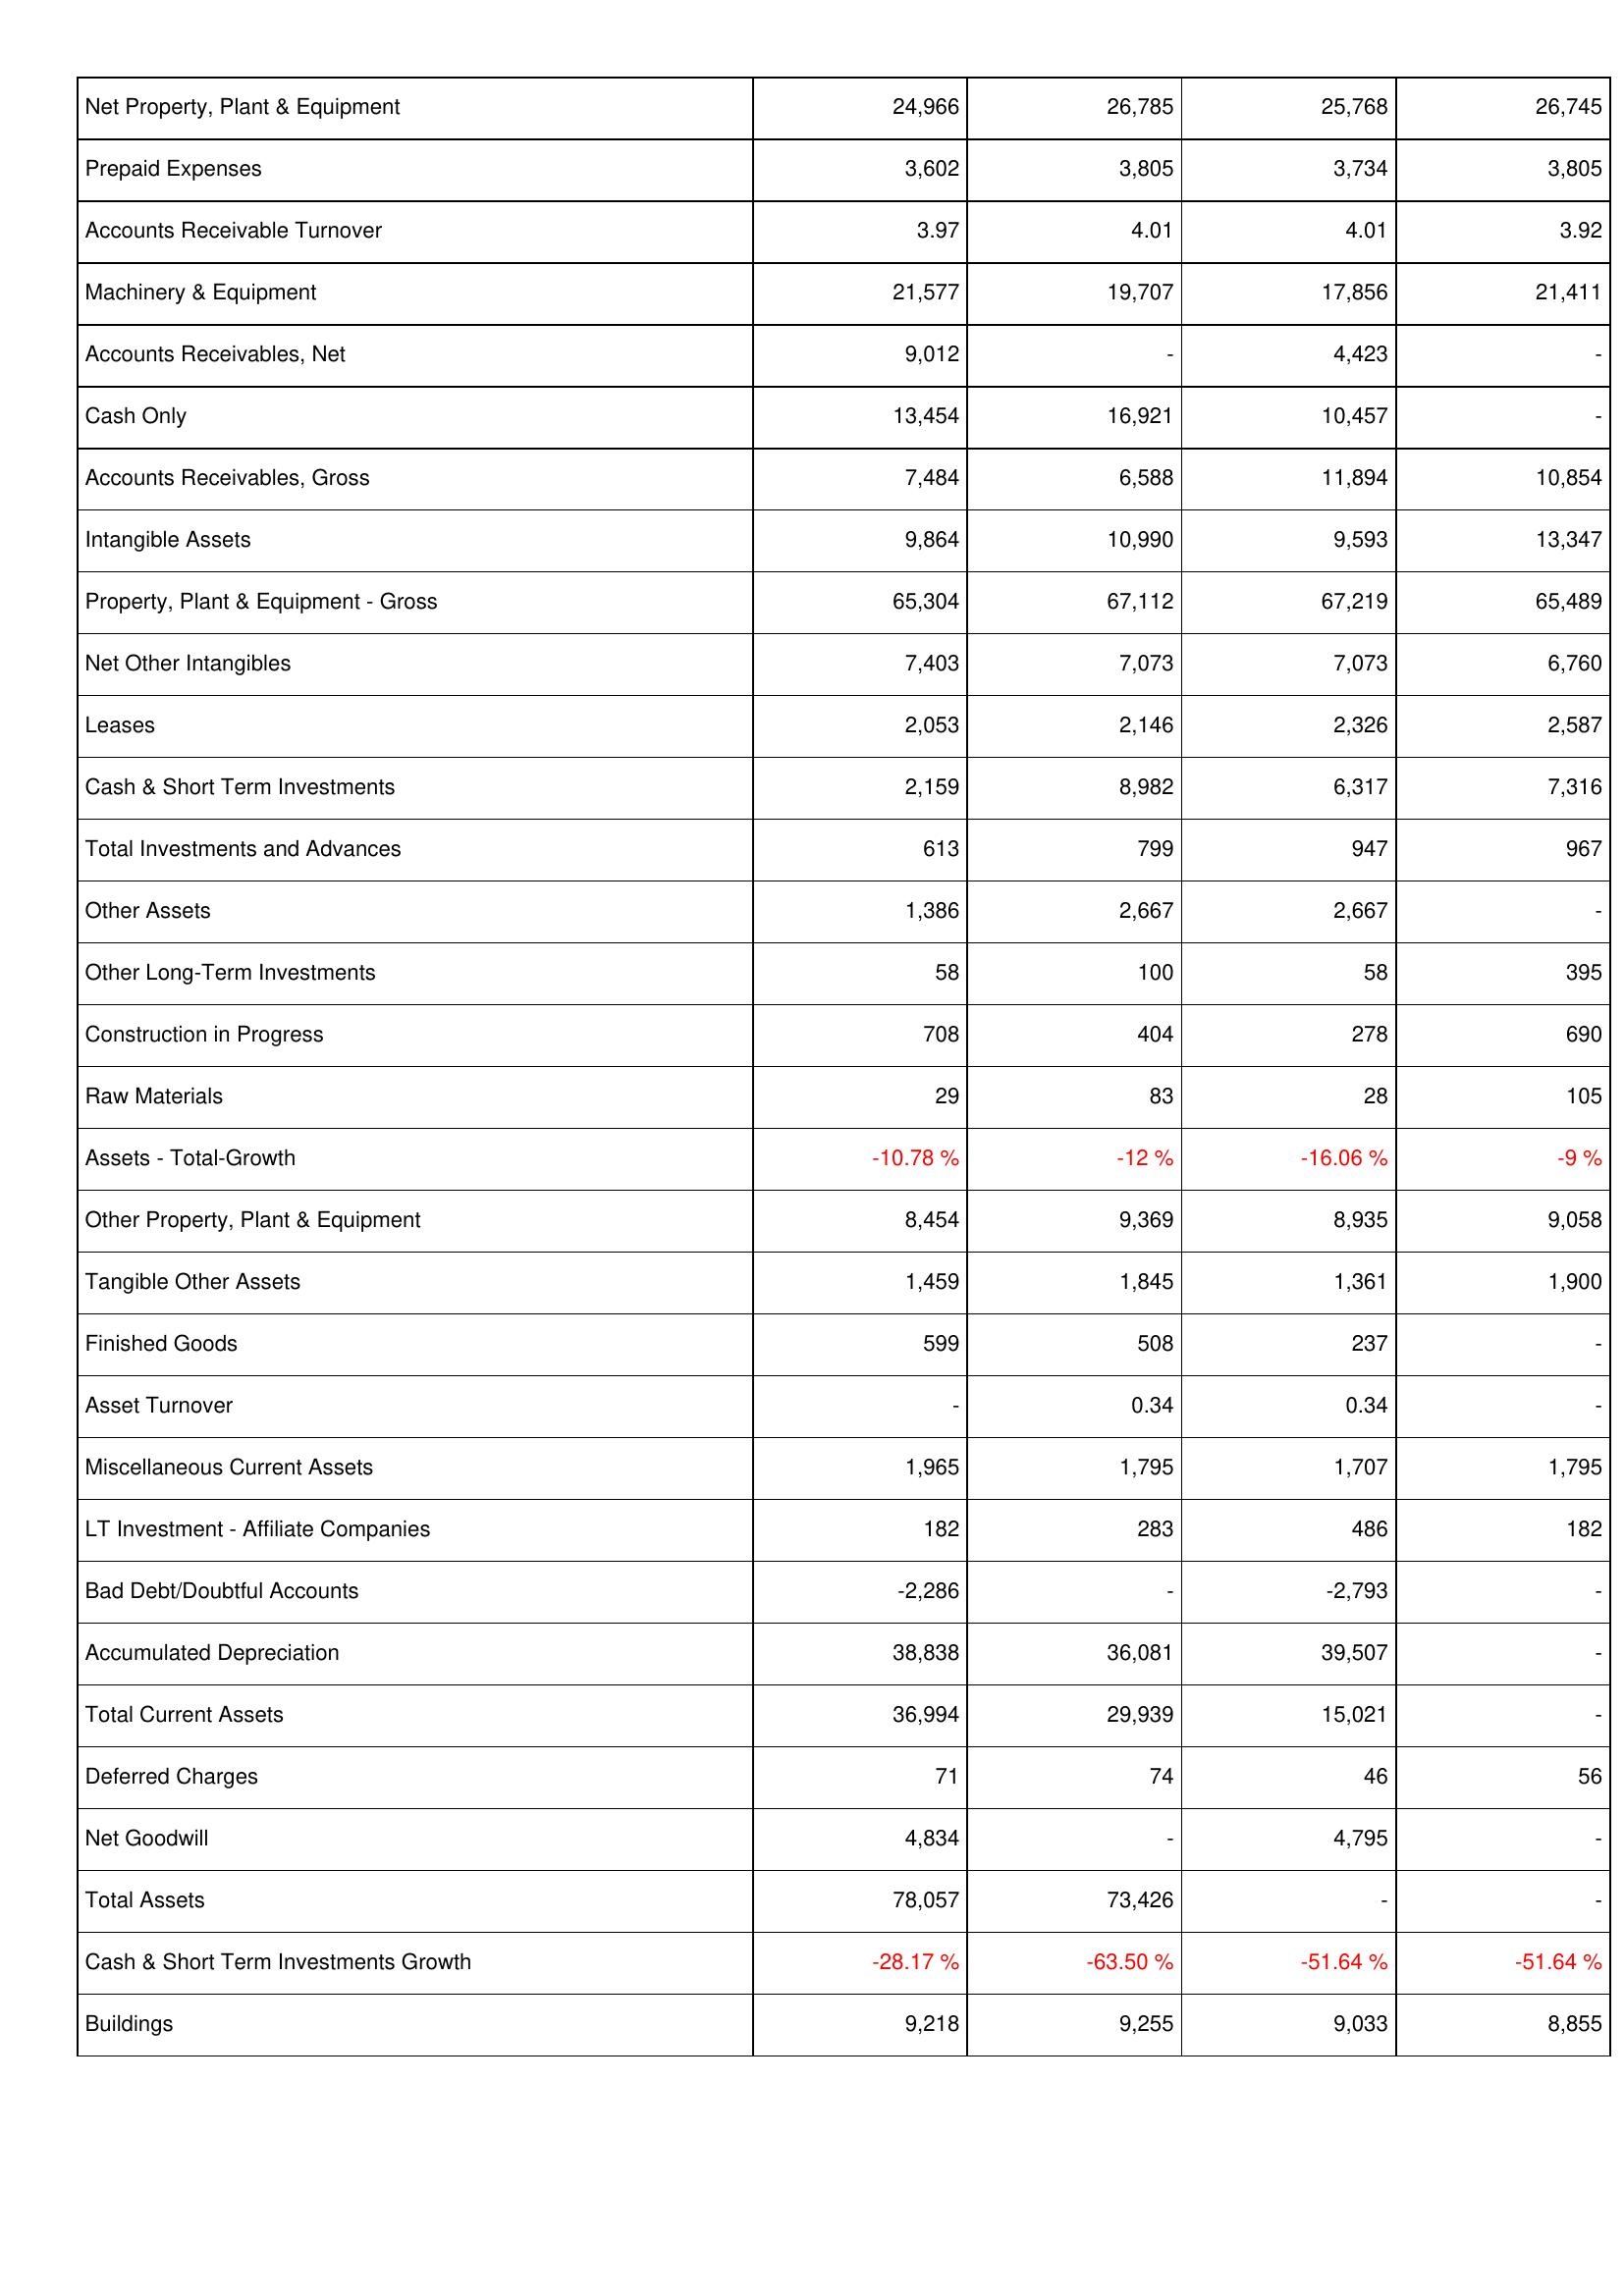
2014: Assets: Net Property, Plant & Equipment: 24,966
Prepaid Expenses: 3,602
Accounts Receivable Turnover: 3.97
Machinery & Equipment: 21,577
Accounts Receivables, Net: 9,012
Cash Only: 13,454
Accounts Receivables, Gross: 7,484
Intangible Assets: 9,864
Property, Plant & Equipment - Gross: 65,304
Net Other Intangibles: 7,403
Leases: 2,053
Cash & Short Term Investments: 2,159
Total Investments and Advances: 613
Other Assets: 1,386
Other Long-Term Investments: 58
Construction in Progress: 708
Raw Materials: 29
Assets - Total-Growth: -10.78 %
Other Property, Plant & Equipment: 8,454
Tangible Other Assets: 1,459
Finished Goods: 599
Asset Turnover: -
Miscellaneous Current Assets: 1,965
LT Investment - Affiliate Companies: 182
Bad Debt/Doubtful Accounts: -2,286
Accumulated Depreciation: 38,838
Total Current Assets: 36,994
Deferred Charges: 71
Net Goodwill: 4,834
Total Assets: 78,057
Cash & Short Term Investments Growth: -28.17 %
Buildings: 9,218
2013: Assets: Net Property, Plant & Equipment: 26,785
Prepaid Expenses: 3,805
Accounts Receivable Turnover: 4.01
Machinery & Equipment: 19,707
Accounts Receivables, Net: -
Cash Only: 16,921
Accounts Receivables, Gross: 6,588
Intangible Assets: 10,990
Property, Plant & Equipment - Gross: 67,112
Net Other Intangibles: 7,073
Leases: 2,146
Cash & Short Term Investments: 8,982
Total Investments and Advances: 799
Other Assets: 2,667
Other Long-Term Investments: 100
Construction in Progress: 404
Raw Materials: 83
Assets - Total-Growth: -12 %
Other Property, Plant & Equipment: 9,369
Tangible Other Assets: 1,845
Finished Goods: 508
Asset Turnover: 0.34
Miscellaneous Current Assets: 1,795
LT Investment - Affiliate Companies: 283
Bad Debt/Doubtful Accounts: -
Accumulated Depreciation: 36,081
Total Current Assets: 29,939
Deferred Charges: 74
Net Goodwill: -
Total Assets: 73,426
Cash & Short Term Investments Growth: -63.50 %
Buildings: 9,255
2012: Assets: Net Property, Plant & Equipment: 25,768
Prepaid Expenses: 3,734
Accounts Receivable Turnover: 4.01
Machinery & Equipment: 17,856
Accounts Receivables, Net: 4,423
Cash Only: 10,457
Accounts Receivables, Gross: 11,894
Intangible Assets: 9,593
Property, Plant & Equipment - Gross: 67,219
Net Other Intangibles: 7,073
Leases: 2,326
Cash & Short Term Investments: 6,317
Total Investments and Advances: 947
Other Assets: 2,667
Other Long-Term Investments: 58
Construction in Progress: 278
Raw Materials: 28
Assets - Total-Growth: -16.06 %
Other Property, Plant & Equipment: 8,935
Tangible Other Assets: 1,361
Finished Goods: 237
Asset Turnover: 0.34
Miscellaneous Current Assets: 1,707
LT Investment - Affiliate Companies: 486
Bad Debt/Doubtful Accounts: -2,793
Accumulated Depreciation: 39,507
Total Current Assets: 15,021
Deferred Charges: 46
Net Goodwill: 4,795
Total Assets: -
Cash & Short Term Investments Growth: -51.64 %
Buildings: 9,033
2011: Assets: Net Property, Plant & Equipment: 26,745
Prepaid Expenses: 3,805
Accounts Receivable Turnover: 3.92
Machinery & Equipment: 21,411
Accounts Receivables, Net: -
Cash Only: -
Accounts Receivables, Gross: 10,854
Intangible Assets: 13,347
Property, Plant & Equipment - Gross: 65,489
Net Other Intangibles: 6,760
Leases: 2,587
Cash & Short Term Investments: 7,316
Total Investments and Advances: 967
Other Assets: -
Other Long-Term Investments: 395
Construction in Progress: 690
Raw Materials: 105
Assets - Total-Growth: -9 %
Other Property, Plant & Equipment: 9,058
Tangible Other Assets: 1,900
Finished Goods: -
Asset Turnover: -
Miscellaneous Current Assets: 1,795
LT Investment - Affiliate Companies: 182
Bad Debt/Doubtful Accounts: -
Accumulated Depreciation: -
Total Current Assets: -
Deferred Charges: 56
Net Goodwill: -
Total Assets: -
Cash & Short Term Investments Growth: -51.64 %
Buildings: 8,855